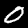
Digit: 0